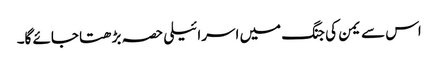
اس سے یمن کی جنگ میں اسرائیلی حصہ بڑھتا جائے گا۔